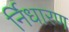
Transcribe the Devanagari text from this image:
र्निधारण